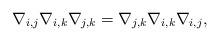
LaTeX: \begin{gather*}\nabla_{i,j}\nabla_{i,k}\nabla_{j,k}=\nabla_{j,k}\nabla_{i,k}\nabla_{i,j},\end{gather*}